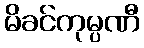
မိခင်ကုမ္ပဏီ